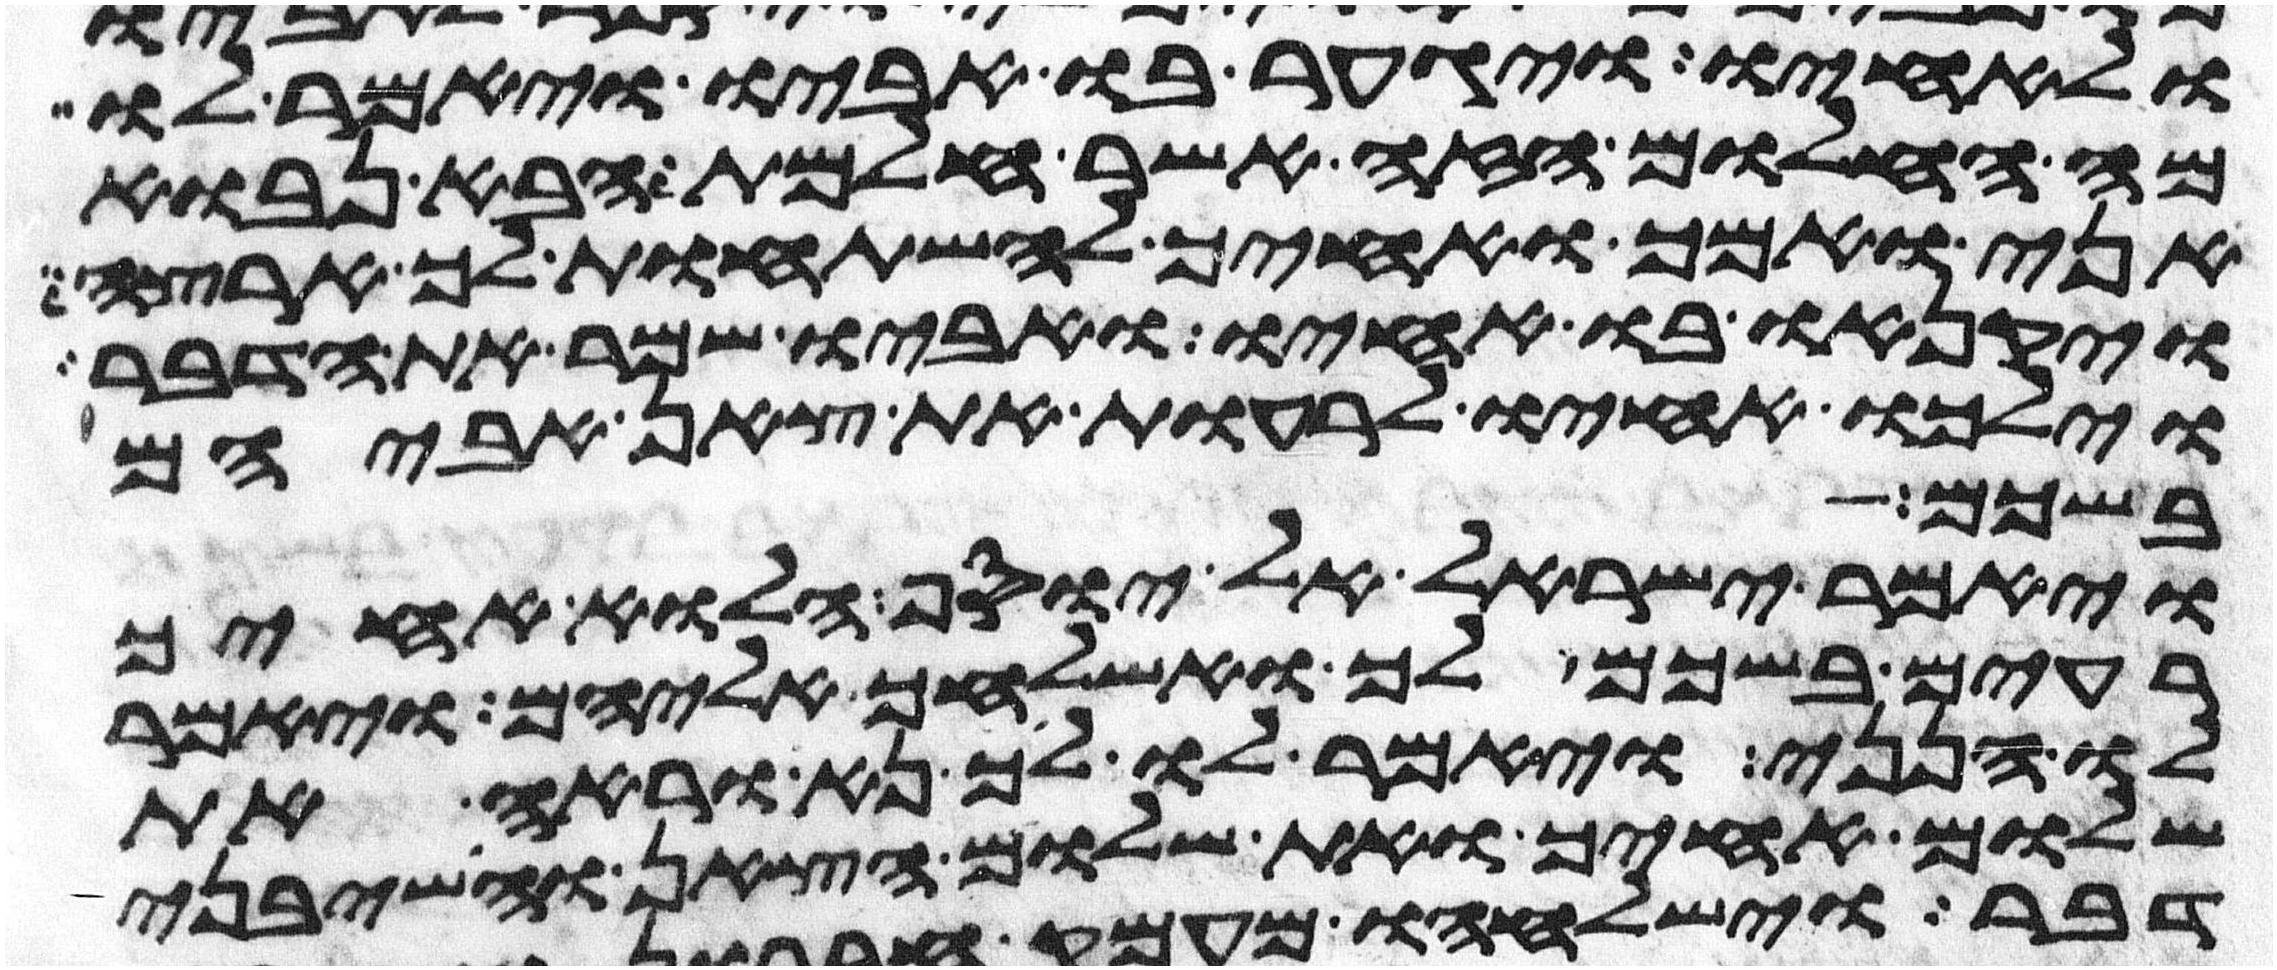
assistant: ולאחיו ויגער בו אביו ויאמר לו
מה החלום הזה אשר חלמת הבא נבוא
אני ואמך ואחיך להשתחות לך ארצה
ויקנאו בו אחיו ואביו שמר את הדבר
וילכו אחיו לרעות את צאן אביהם
בשכם
ויאמר ישראל אל יוסף הלוא אחיך
רעים בשכם לך ואשלחך אליהם ויאמר
לו הנני ויאמר לו לך נא וראה את
שלום אחיך ואת שלום הצאן והשבני